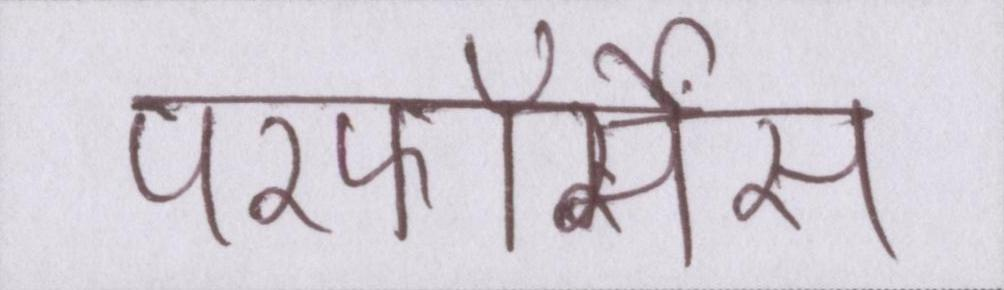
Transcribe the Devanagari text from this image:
परफॉर्मेंस